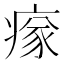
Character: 𤸉